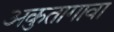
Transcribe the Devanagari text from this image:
अकुतागावा